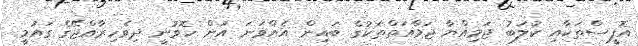
އޮފީސްތަކާއި ކުލަބު ޖަމިއްޔާ ޖަމާއަތްތަކުގެ ބައިން އެއްވަނަ އަށް ހޮވުނީ ދިވެހިރާއްޖޭގެ ގައުމީ